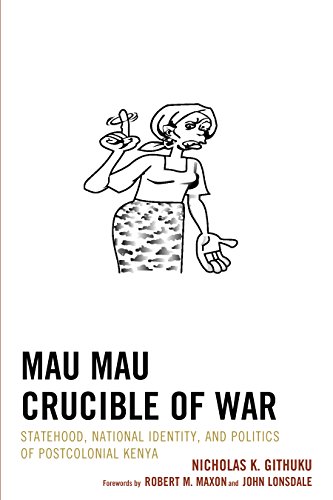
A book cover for Mau Mau Crucible of War: Statehood, National Identity, and Politics of Postcolonial Kenya; Nicholas K. Githuku; History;